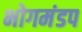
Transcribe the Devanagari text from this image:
भोगमंडप